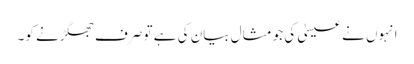
انہوں نے عیسیٰ کی جو مثال بیان کی ہے تو صرف جھگڑنے کو۔